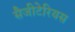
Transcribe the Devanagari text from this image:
सैजीटेरियस